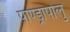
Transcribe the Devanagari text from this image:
पाण्ड्रापोलु